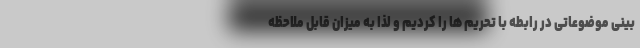
بینی موضوعاتی در رابطه با تحریم ها را کردیم و لذا به میزان قابل ملاحظه